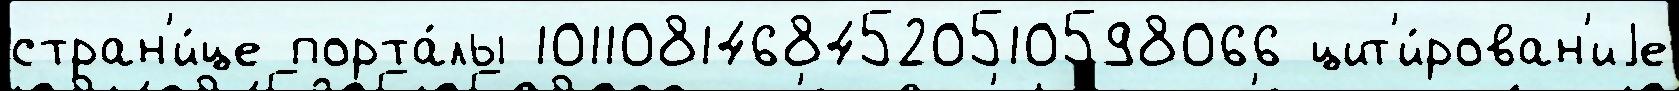
стран'и́це порта́лы 10110814684520510598066 цит'и́рован'иjе